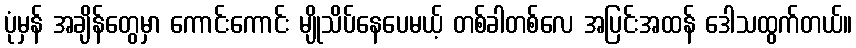
ပုံမှန် အချိန်တွေမှာ ကောင်းကောင်း မျိုသိပ်နေပေမယ့် တစ်ခါတစ်လေ အပြင်းအထန် ဒေါသထွက်တယ်။